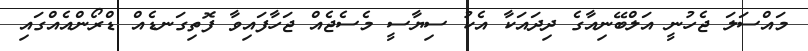
މައްސަލަ ޖެހުނީ އަލްބޭނިއާގެ ދިދައަކާ އެކު ސިޔާސީ މެސެޖެއް ޖަހާފައިވާ ފޮތިގަނޑެއް ޑްރޯންއެއްގައި